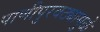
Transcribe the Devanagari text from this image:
पाणीपुरवठ्यामुळे